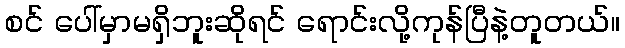
စင် ပေါ်မှာမရှိဘူးဆိုရင် ရောင်းလို့ကုန်ပြီနဲ့တူတယ်။